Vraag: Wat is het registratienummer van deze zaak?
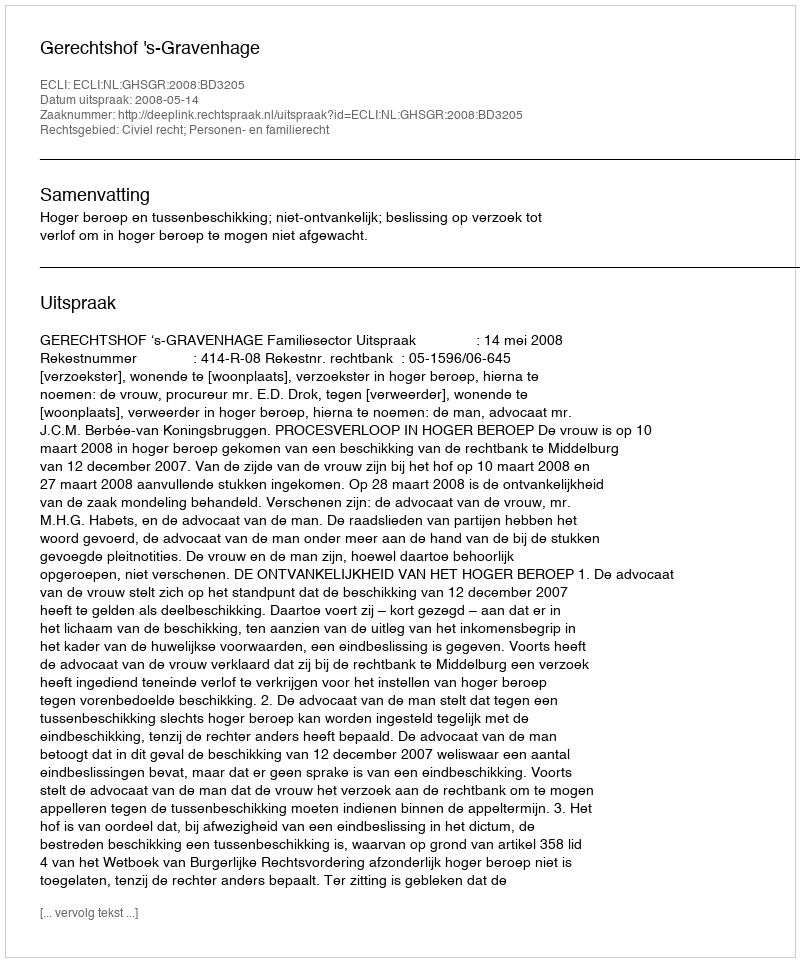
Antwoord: http://deeplink.rechtspraak.nl/uitspraak?id=ECLI:NL:GHSGR:2008:BD3205